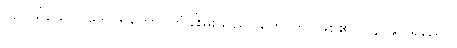
ပညာရှိသော။ ဒေါဝါရိကော၊ တံခါးမှူးသည်။ ဟောတိ၊ ဖြစ်၏။ (၄၇၉) ရညော၊